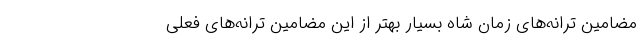
مضامین ترانه‌های زمان شاه بسیار بهتر از این مضامین ترانه‌های فعلی